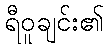
ရီဝူချင်း၏